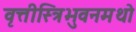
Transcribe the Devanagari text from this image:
वृत्तीस्त्रिभुवनमथो